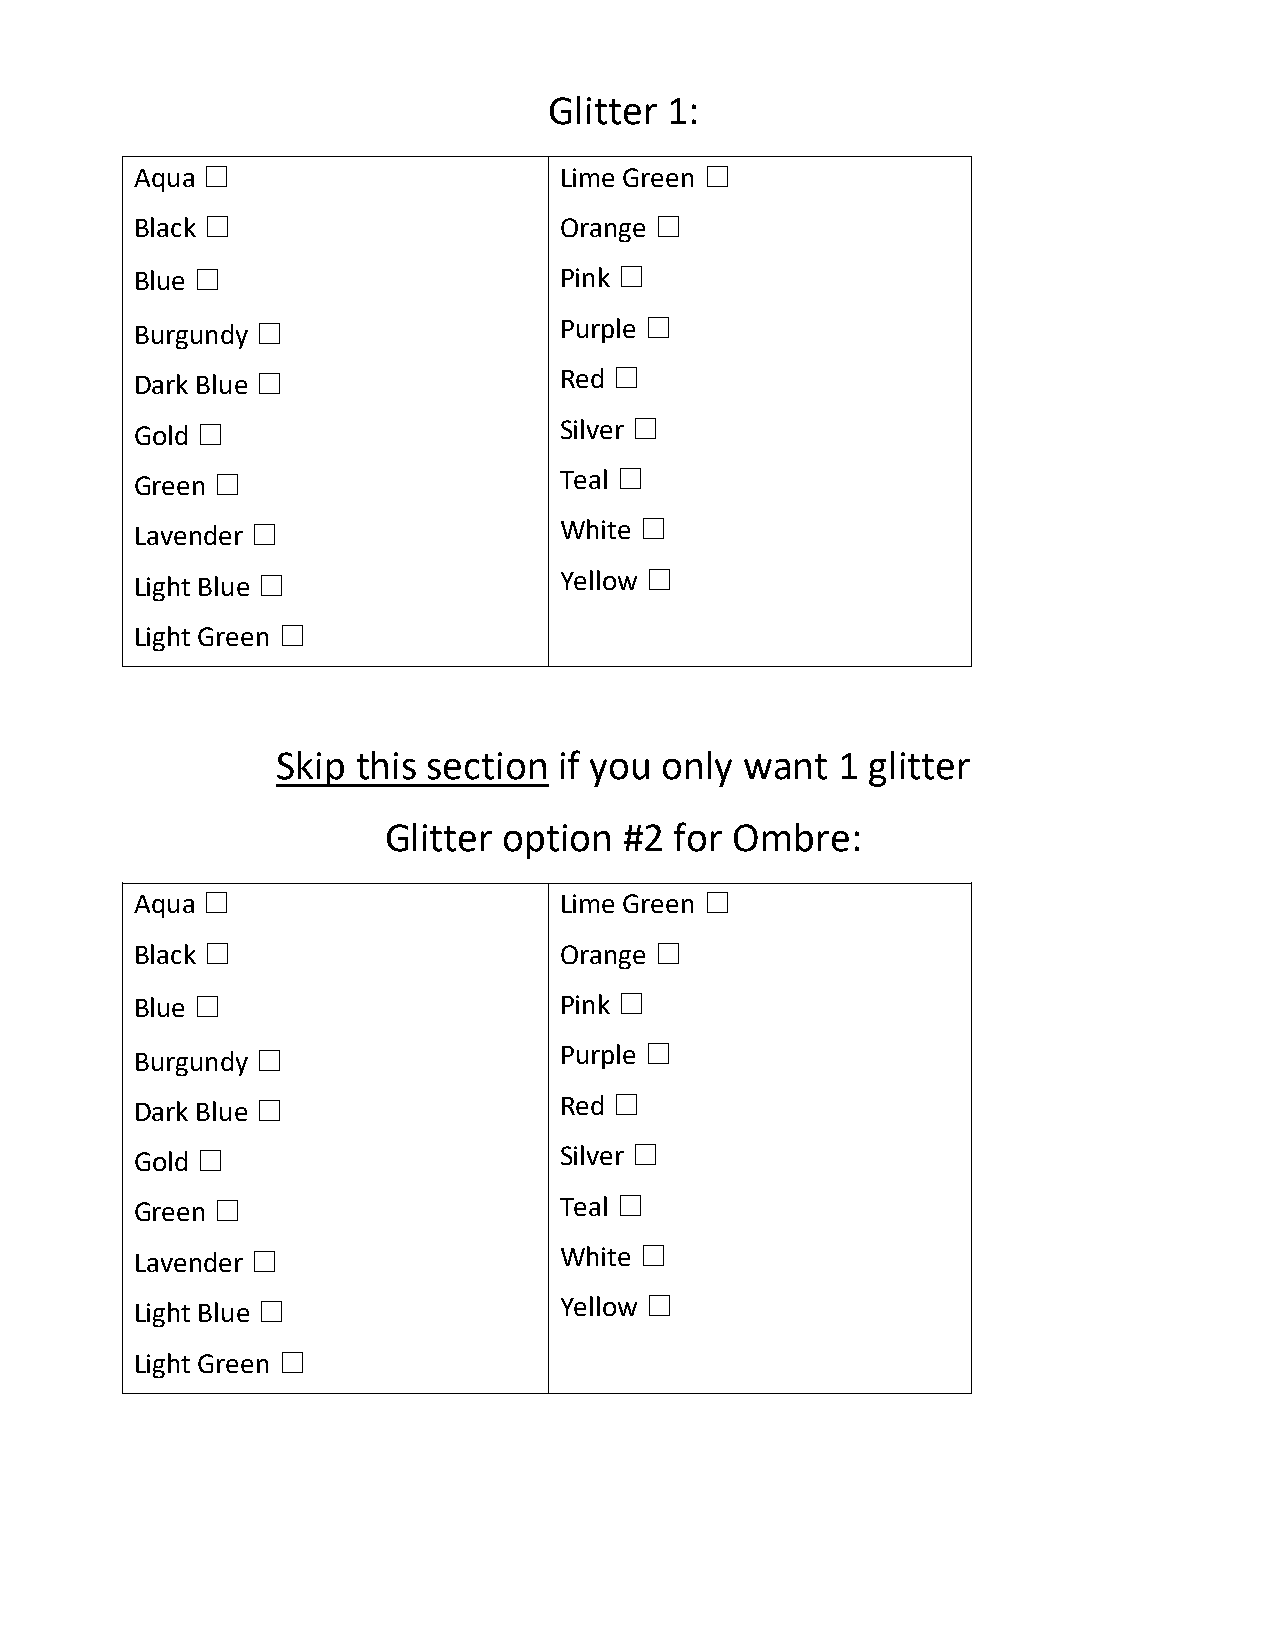
Glitter 1:
 Aqua ☐                      Lime Green ☐
 Black ☐                     Orange ☐
 Blue ☐                      Pink ☐
 Burgundy ☐                  Purple ☐
 Dark Blue ☐                 Red ☐
 Gold ☐                      Silver ☐
 Green ☐                     Teal ☐
 Lavender ☐                  White ☐
 Light Blue ☐                Yellow ☐
 Light Green ☐
 Skip  this section if you only want   1 glitter
 Glitter option  #2  for Ombre:
 Aqua ☐                      Lime Green ☐
 Black ☐                     Orange ☐
 Blue ☐                      Pink ☐
 Burgundy ☐                  Purple ☐
 Dark Blue ☐                 Red ☐
 Gold ☐                      Silver ☐
 Green ☐                     Teal ☐
 Lavender ☐                  White ☐
 Light Blue ☐                Yellow ☐
 Light Green ☐